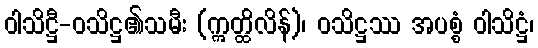
ဝါသိဋ္ဌီ-ဝသိဋ္ဌ၏သမီး (ဣတ္ထိလိန်)၊ ဝသိဋ္ဌဿ အပစ္စံ ဝါသိဋ္ဌံ၊